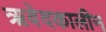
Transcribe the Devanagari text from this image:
ऋवेदकालीन